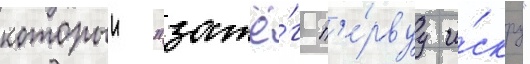
которыи "зажё́г п'е́рвуу и́скру"